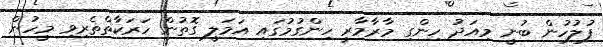
ފުލުހުން ބުނީ މިއަދު ހިންގި މާރާމާރީ ހިންގުމުގައި އަމަލީ ގޮތުން ހަރަކާތްތެރިވި މީހުން